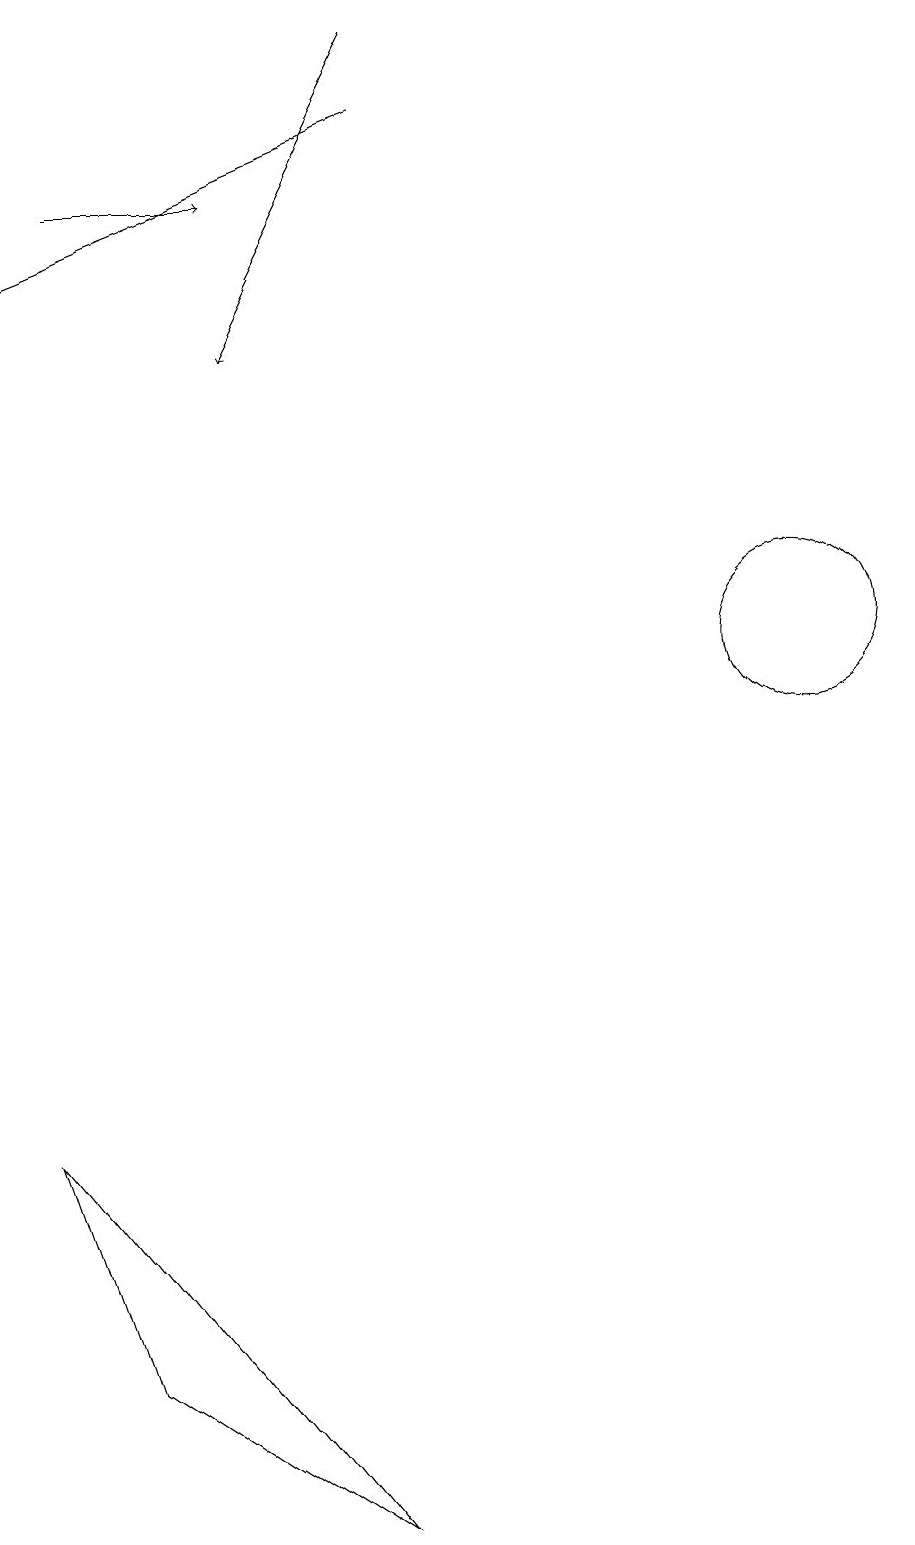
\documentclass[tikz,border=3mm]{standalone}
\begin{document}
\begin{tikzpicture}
\draw[->] (5,19) -- (3,15);
\draw[->] (1,17) -- (3,17);
\draw[->] (5,18) -- (0,16);
\draw (0,5) -- (1,2) -- (4,0) -- cycle;
\draw (10,11) circle (1);
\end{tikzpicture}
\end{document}